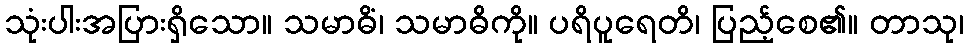
သုံးပါးအပြားရှိသော။ သမာဓိံ၊ သမာဓိကို။ ပရိပူရေတိ၊ ပြည့်စေ၏။ တာသု၊